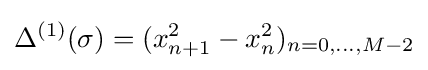
\Delta ^{(1)}(\sigma )=(x_{n+1}^{2}-x_{n}^{2})_{n=0,\dots ,M-2}